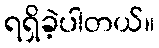
ရရှိခဲ့ပါတယ်။